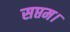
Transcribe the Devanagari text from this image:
सप्तम।